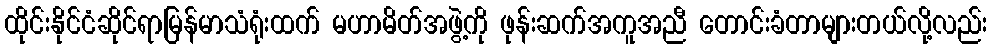
ထိုင်းနိုင်ငံဆိုင်ရာမြန်မာသံရုံးထက် မဟာမိတ်အဖွဲ့ကို ဖုန်းဆက်အကူအညီ တောင်းခံတာများတယ်လို့လည်း